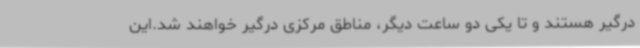
درگیر هستند و تا یکی دو ساعت دیگر، مناطق مرکزی درگیر خواهند شد.این